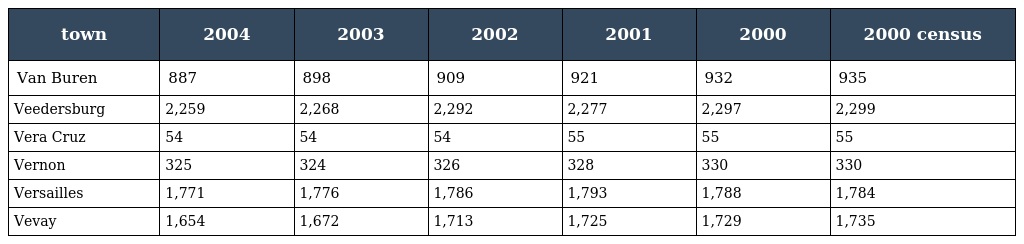
| town | 2004 | 2003 | 2002 | 2001 | 2000 | 2000 census |
 | --- | --- | --- | --- | --- | --- | --- |
 | Van Buren | 887 | 898 | 909 | 921 | 932 | 935 |
 | Veedersburg | 2,259 | 2,268 | 2,292 | 2,277 | 2,297 | 2,299 |
 | Vera Cruz | 54 | 54 | 54 | 55 | 55 | 55 |
 | Vernon | 325 | 324 | 326 | 328 | 330 | 330 |
 | Versailles | 1,771 | 1,776 | 1,786 | 1,793 | 1,788 | 1,784 |
 | Vevay | 1,654 | 1,672 | 1,713 | 1,725 | 1,729 | 1,735 |